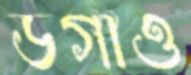
ডগাও